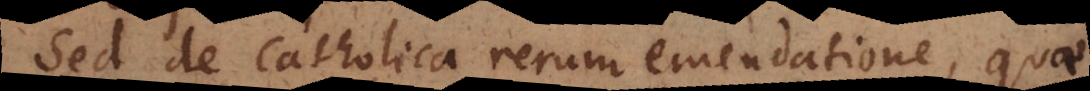
Sed de Catholica rerum emendatione, quae